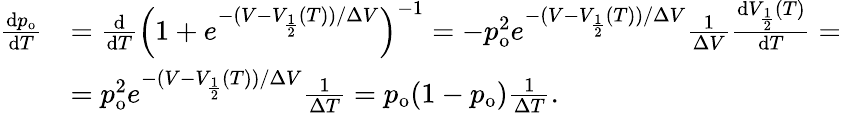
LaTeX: \begin{array}{rl}{\frac{\mathrm{d}p_{\mathrm{o}}}{\mathrm{d}T}}&{=\frac{\mathrm{d}}{\mathrm{d}T}\left(1+e^{-(V-V_{\frac{1}{2}}(T))/\Delta V}\right)^{-1}=-p_{\mathrm{o}}^{2}e^{-(V-V_{\frac{1}{2}}(T))/\Delta V}\frac{1}{\Delta V}\frac{\mathrm{d}V_{\frac{1}{2}}(T)}{\mathrm{d}T}=}\\ &{=p_{\mathrm{o}}^{2}e^{-(V-V_{\frac{1}{2}}(T))/\Delta V}\frac{1}{\Delta T}=p_{\mathrm{o}}(1-p_{\mathrm{o}})\frac{1}{\Delta T}.}\end{array}